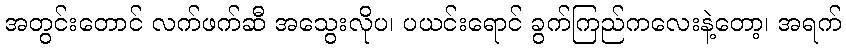
အတွင်းတောင် လက်ဖက်ဆီ အသွေးလိုပ၊ ပယင်းရောင် ခွက်ကြည်ကလေးနဲ့တော့၊ အရက်